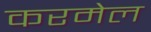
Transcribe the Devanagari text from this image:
करमेल